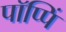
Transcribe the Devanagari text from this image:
पॉप्पिं